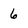
Character: 6